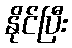
နိုင်ပြီး